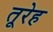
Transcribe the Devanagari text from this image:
तूरेह